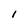
Character: l